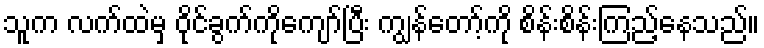
သူက လက်ထဲမှ ဝိုင်ခွက်ကိုကျော်ပြီး ကျွန်တော့်ကို စိန်းစိန်းကြည့်နေသည်။